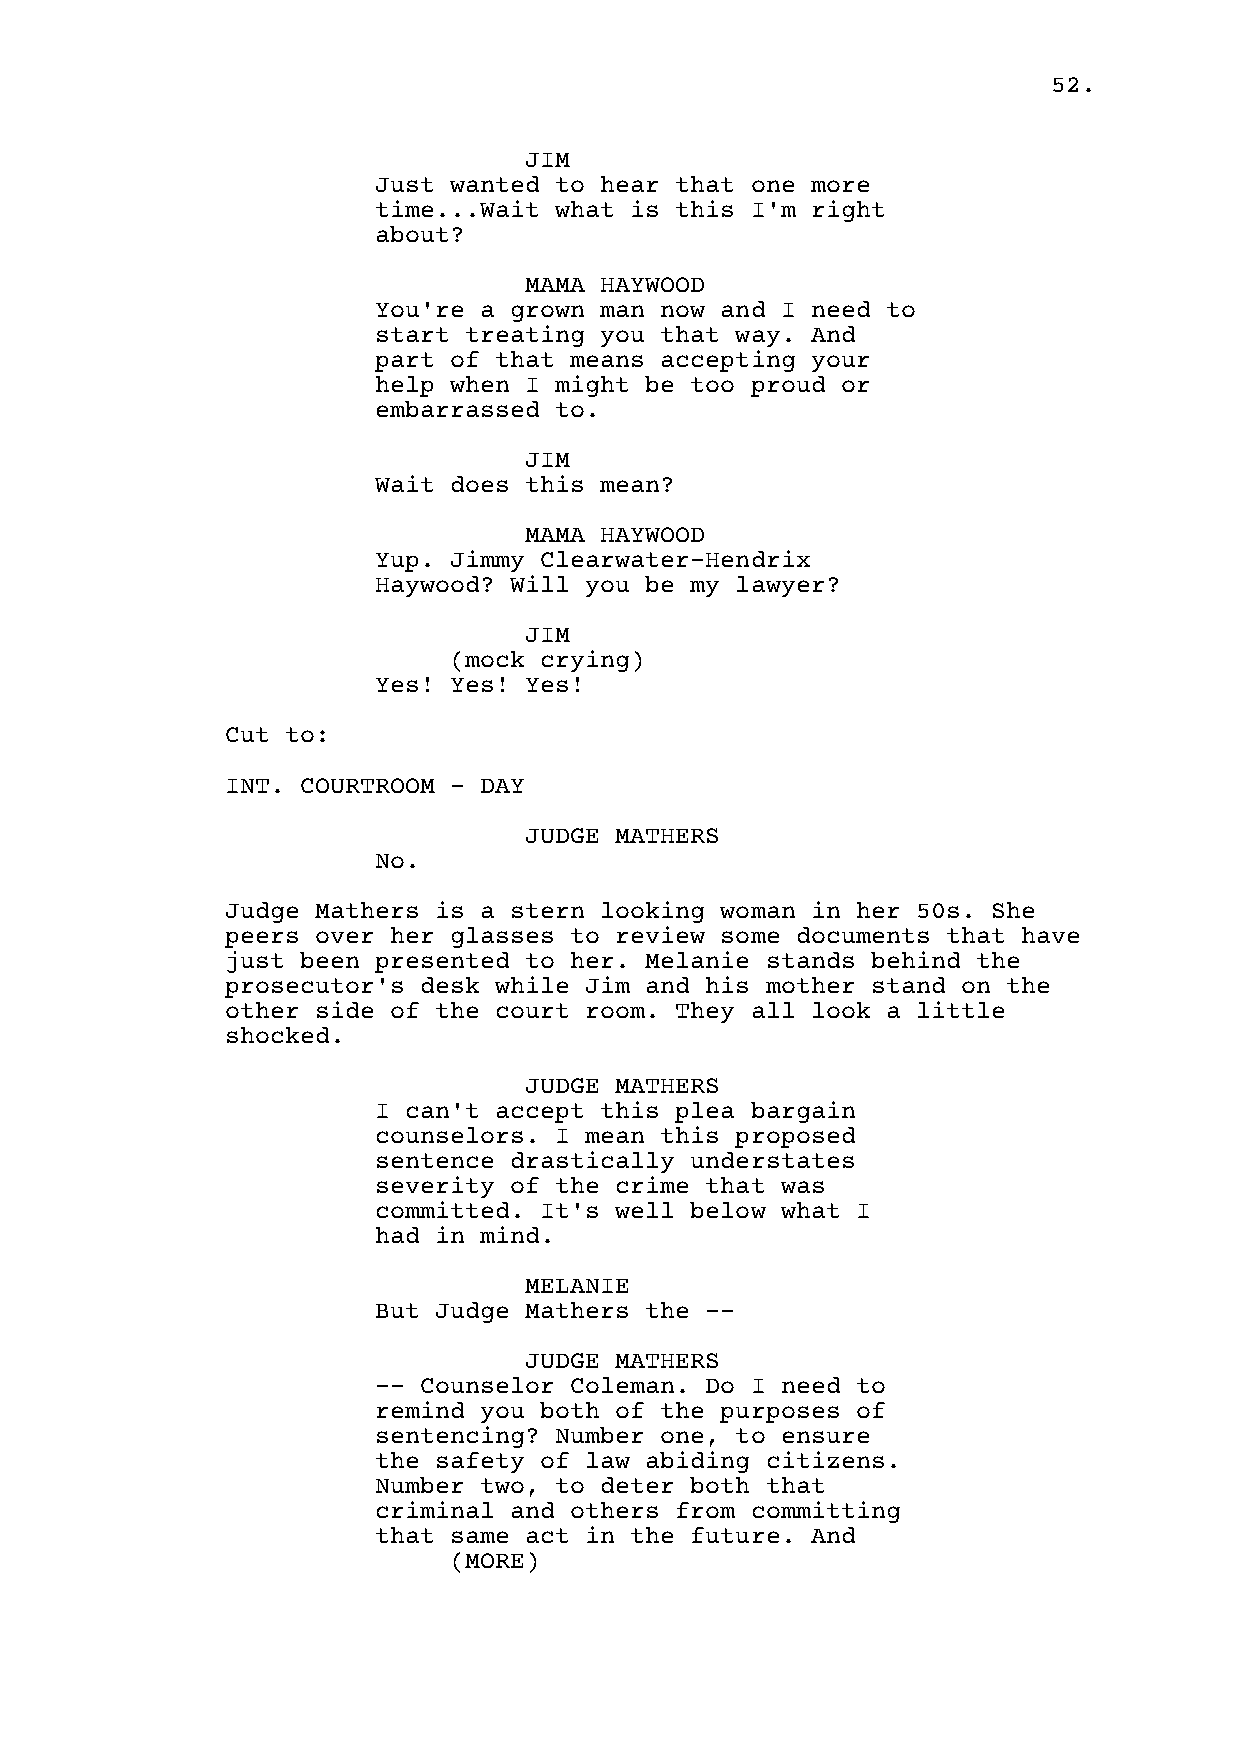
52.
 JIM
 Just wanted to hear that one more
 time...Wait what is this I'm right
 about?
 MAMA HAYWOOD
 You're a grown man now and I need to
 start treating you that way. And
 part of that means accepting your
 help when I might be too proud or
 embarrassed to.
 JIM
 Wait does this mean?
 MAMA HAYWOOD
 Yup. Jimmy Clearwater-Hendrix
 Haywood? Will you be my lawyer?
 JIM
 (mock crying)
 Yes! Yes! Yes!
 Cut to:
 INT. COURTROOM - DAY
 JUDGE MATHERS
 No.
 Judge Mathers is a stern looking woman in her 50s. She
 peers over her glasses to review some documents that have
 just been presented to her. Melanie stands behind the
 prosecutor's desk while Jim and his mother stand on the
 other side of the court room. They all look a little
 shocked.
 JUDGE MATHERS
 I can't accept this plea bargain
 counselors. I mean this proposed
 sentence drastically understates
 severity of the crime that was
 committed. It's well below what I
 had in mind.
 MELANIE
 But Judge Mathers the --
 JUDGE MATHERS
 -- Counselor Coleman. Do I need to
 remind you both of the purposes of
 sentencing? Number one, to ensure
 the safety of law abiding citizens.
 Number two, to deter both that
 criminal and others from committing
 that same act in the future. And
 (MORE)